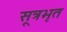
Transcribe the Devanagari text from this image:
सूत्रभृत